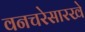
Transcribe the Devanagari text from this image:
वनचरेसारखे